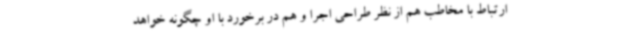
ارتباط با مخاطب هم از نظر طراحی اجرا و هم در برخورد با او چگونه خواهد